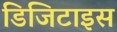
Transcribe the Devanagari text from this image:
डिजिटाइस